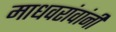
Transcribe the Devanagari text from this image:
माधवरांवांनी